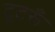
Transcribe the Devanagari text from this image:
टूटरूँ